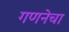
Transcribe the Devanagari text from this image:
गणनेचा